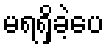
မရရှိခဲ့ပေ